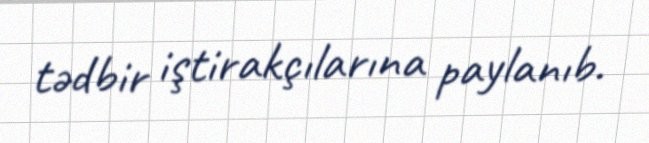
tədbir iştirakçılarına paylanıb.